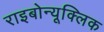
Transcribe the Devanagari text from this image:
राइबोन्यूक्लिक